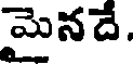
మైనదే.